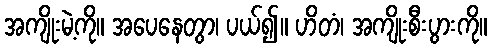
အကျိုးမဲ့ကို။ အပေနေတွာ၊ ပယ်၍။ ဟိတံ၊ အကျိုးစီးပွားကို။